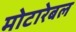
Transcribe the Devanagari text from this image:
मोटारेबल